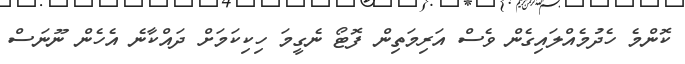
ކޮންމެ ހެދުމެއްލައިގެން ވެސް އަރިމަތިން ފޮޓޯ ނެގީމަ ހިކިކަމަށް ދައްކާނެ އެހެން ނޫނަސް